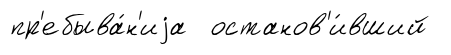
пр'ебыва́н'иjа останов'и́вший